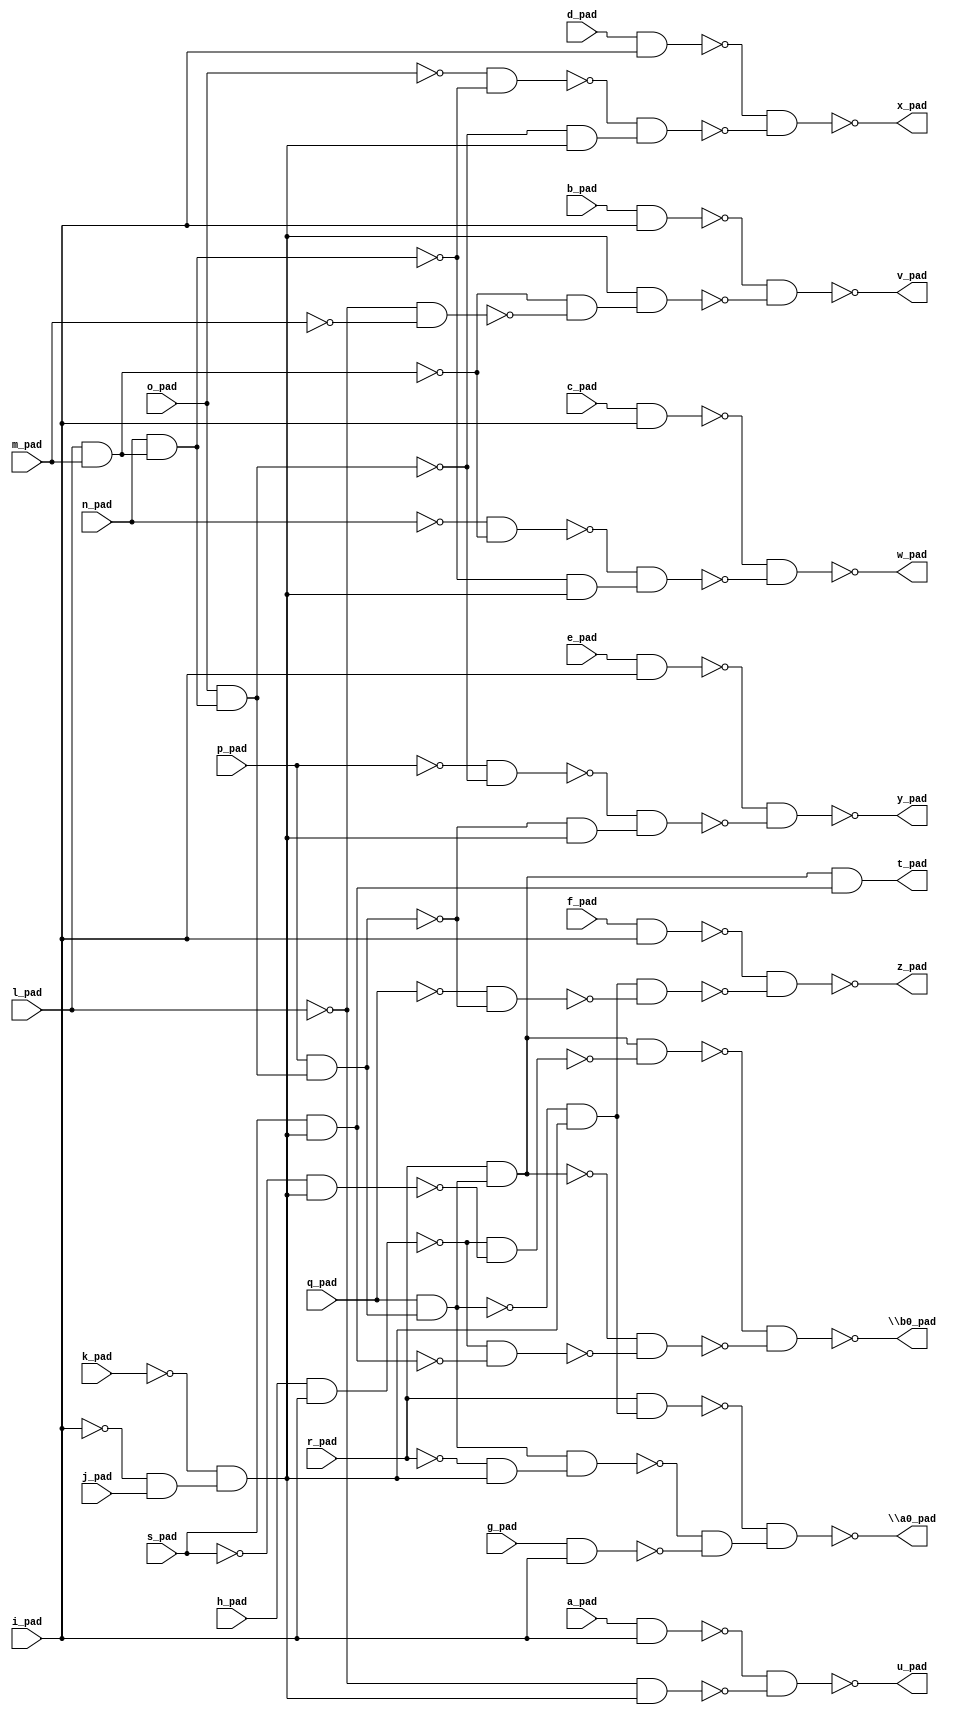
module top( a_pad , b_pad , c_pad , d_pad , e_pad , f_pad , g_pad , h_pad , i_pad , j_pad , k_pad , l_pad , m_pad , n_pad , o_pad , p_pad , q_pad , r_pad , s_pad , \a0_pad  , \b0_pad  , t_pad , u_pad , v_pad , w_pad , x_pad , y_pad , z_pad );
  input a_pad ;
  input b_pad ;
  input c_pad ;
  input d_pad ;
  input e_pad ;
  input f_pad ;
  input g_pad ;
  input h_pad ;
  input i_pad ;
  input j_pad ;
  input k_pad ;
  input l_pad ;
  input m_pad ;
  input n_pad ;
  input o_pad ;
  input p_pad ;
  input q_pad ;
  input r_pad ;
  input s_pad ;
  output \a0_pad  ;
  output \b0_pad  ;
  output t_pad ;
  output u_pad ;
  output v_pad ;
  output w_pad ;
  output x_pad ;
  output y_pad ;
  output z_pad ;
  wire n20 , n21 , n22 , n23 , n24 , n25 , n26 , n27 , n28 , n29 , n30 , n31 , n32 , n33 , n34 , n35 , n36 , n37 , n38 , n39 , n40 , n41 , n42 , n43 , n44 , n45 , n46 , n47 , n48 , n49 , n50 , n51 , n52 , n53 , n54 , n55 , n56 , n57 , n58 , n59 , n60 , n61 , n62 , n63 , n64 , n65 , n66 , n67 , n68 , n69 , n70 ;
  assign n20 = l_pad & m_pad ;
  assign n21 = n_pad & n20 ;
  assign n22 = o_pad & n21 ;
  assign n23 = p_pad & n22 ;
  assign n24 = q_pad & n23 ;
  assign n25 = ~i_pad & j_pad ;
  assign n26 = ~k_pad & n25 ;
  assign n27 = ~n24 & n26 ;
  assign n28 = r_pad & n27 ;
  assign n29 = ~r_pad & n26 ;
  assign n30 = n24 & n29 ;
  assign n31 = g_pad & i_pad ;
  assign n32 = ~n30 & ~n31 ;
  assign n33 = ~n28 & n32 ;
  assign n34 = r_pad & n24 ;
  assign n35 = h_pad & i_pad ;
  assign n36 = ~s_pad & n26 ;
  assign n37 = ~n35 & ~n36 ;
  assign n38 = n34 & ~n37 ;
  assign n39 = s_pad & n26 ;
  assign n40 = ~n35 & ~n39 ;
  assign n41 = ~n34 & ~n40 ;
  assign n42 = ~n38 & ~n41 ;
  assign n43 = n34 & n39 ;
  assign n44 = a_pad & i_pad ;
  assign n45 = ~l_pad & n26 ;
  assign n46 = ~n44 & ~n45 ;
  assign n47 = b_pad & i_pad ;
  assign n48 = ~l_pad & ~m_pad ;
  assign n49 = ~n20 & ~n48 ;
  assign n50 = n26 & n49 ;
  assign n51 = ~n47 & ~n50 ;
  assign n52 = c_pad & i_pad ;
  assign n53 = ~n_pad & ~n20 ;
  assign n54 = ~n21 & n26 ;
  assign n55 = ~n53 & n54 ;
  assign n56 = ~n52 & ~n55 ;
  assign n57 = d_pad & i_pad ;
  assign n58 = ~o_pad & ~n21 ;
  assign n59 = ~n22 & n26 ;
  assign n60 = ~n58 & n59 ;
  assign n61 = ~n57 & ~n60 ;
  assign n62 = e_pad & i_pad ;
  assign n63 = ~p_pad & ~n22 ;
  assign n64 = ~n23 & n26 ;
  assign n65 = ~n63 & n64 ;
  assign n66 = ~n62 & ~n65 ;
  assign n67 = f_pad & i_pad ;
  assign n68 = ~q_pad & ~n23 ;
  assign n69 = n27 & ~n68 ;
  assign n70 = ~n67 & ~n69 ;
  assign \a0_pad  = ~n33 ;
  assign \b0_pad  = ~n42 ;
  assign t_pad = n43 ;
  assign u_pad = ~n46 ;
  assign v_pad = ~n51 ;
  assign w_pad = ~n56 ;
  assign x_pad = ~n61 ;
  assign y_pad = ~n66 ;
  assign z_pad = ~n70 ;
endmodule